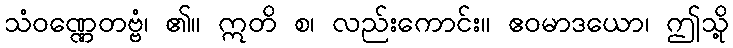
သံဝဏ္ဏေတဗ္ဗံ၊ ၏။ ဣတိ စ၊ လည်းကောင်း။ ဧဝမာဒယော၊ ဤသို့